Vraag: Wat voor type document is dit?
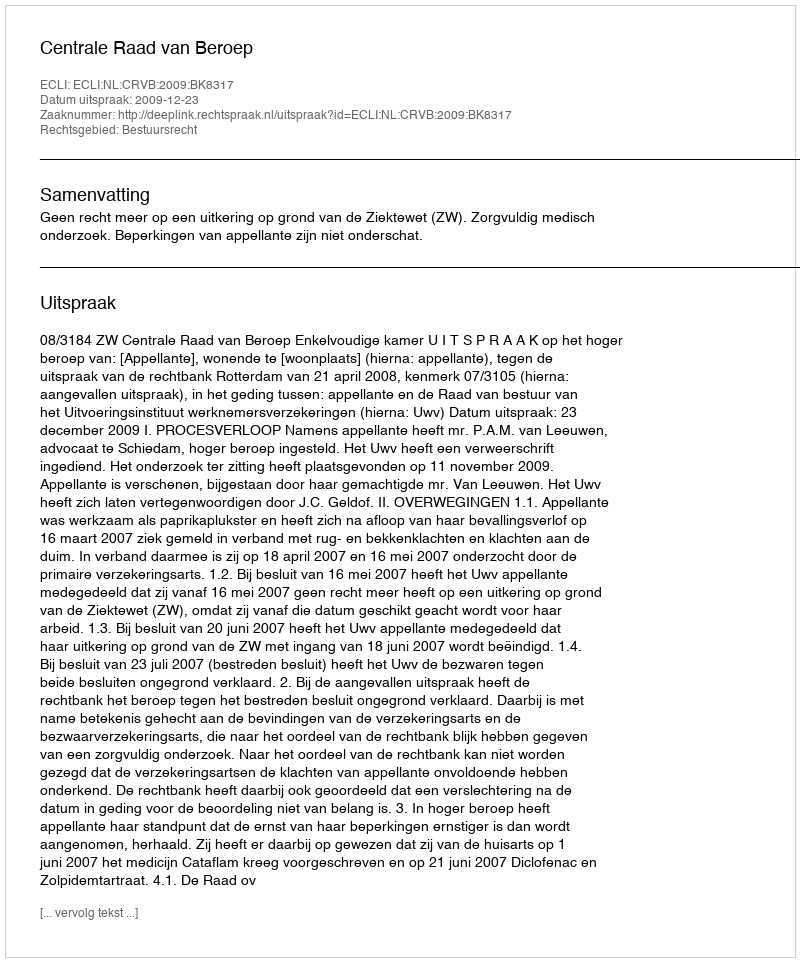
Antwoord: Uitspraak